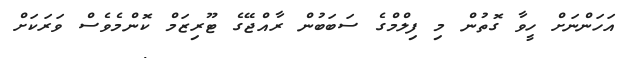
އަހަންނަށް ހީވާ ގޮތުން މި ފިލްމްގެ ސަބަބުން ރާއްޖޭގެ ޓޫރިޒަމް ކޮންމެވެސް ވަރަކަށް